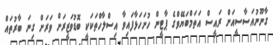
ގާނޫނުއަސާސީއަށް ރައީސް އަތަމްބަޔޭވްގެ ޕާޓީން ހުށަހަޅާފައިވާ އިސްލާހްތަކަކީ ބޮޑުވަޒީރަށް ވަރަށް ގިނަ ބާރުތައް